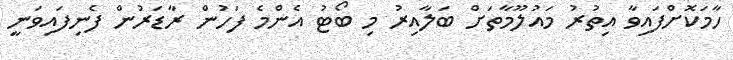
ހާމަކޮށްފައިވާ އިތުރު މައުލޫމާތަށް ބަލާއިރު މި ބޯޓު އެންމެ ފަހުން ރާޑަރުން ފެނިފައިވަނީ